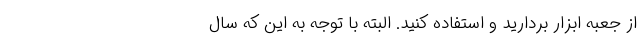
از جعبه ابزار بردارید و استفاده کنید. البته با توجه به این که سال